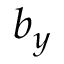
b _ { y }